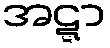
အဋ္ဋာ